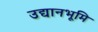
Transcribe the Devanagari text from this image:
उद्यानभूमि